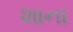
શાના